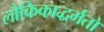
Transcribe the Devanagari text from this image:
लौकिकाद्धर्मतो